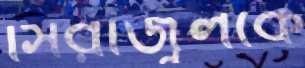
সিরাজুলকে